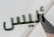
أليس